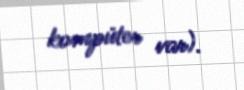
kompüter var).